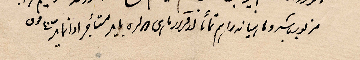
..................